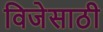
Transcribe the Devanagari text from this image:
विजेसाठी